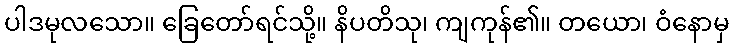
ပါဒမုလသော။ ခြေတော်ရင်သို့။ နိပတိသု၊ ကျကုန်၏။ တယော၊ ဝံနောမှ